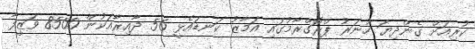
ކުރިއަށް ގެންދިޔަ ހުނަރު ޕްރޮގްރާމުގައި އަމާޒު ކަނޑައެޅީ 56 ދާއިރާއަކުން 8500 ވަޒީފާ